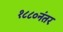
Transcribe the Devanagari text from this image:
१८८०नंतर